Vaccination United Provinces of Agra and Oudh 1914-1922 - 1914-1922
Year: 1914
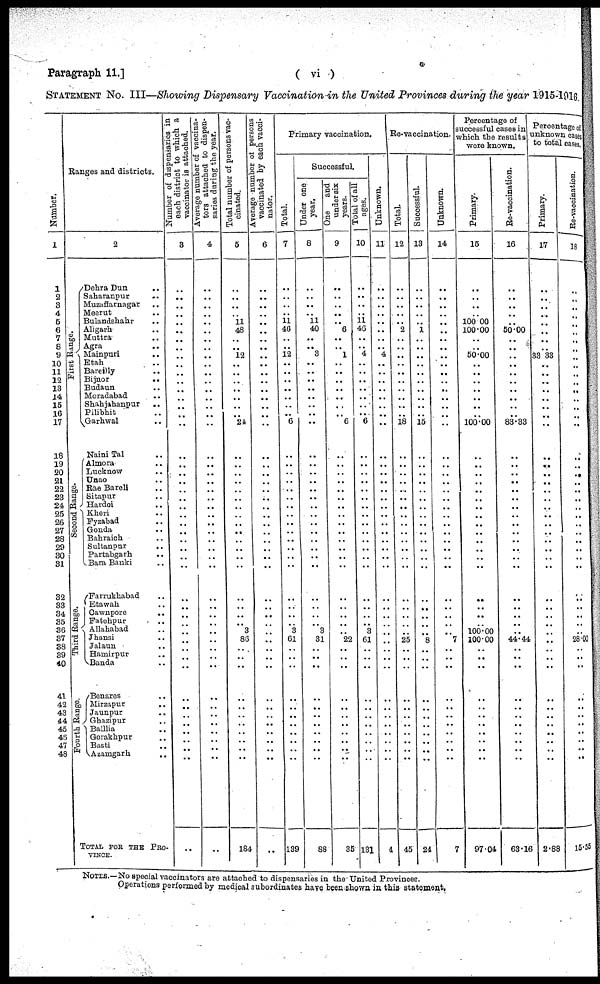
Paragraph 11.]
( vi )
STATEMENT No. III—Showing Dispensary Vaccination in the United Provinces during the year 1915-1916.
Number.
1
1
2
3
4
5
6
7
8
9
10
11
12
13
14
15
16
17
18
19
20
21
22
23
24
25
26
27
28
29
30
31
32
33
34
35
36
37
38
39
40
41
42
43
44
45
46
47
48
Ranges and districts.
First Range.
Second Range.
Third Range.
Fourth Range.
2
Dhera Dun ..
Saharanpur
..
Muzaffanagar ..
Meerut ..
Bulandshahr ..
Aligarh ..
Muttra ..
Agra ..
Mainpuri ..
Etah ..
Bareilly ..
Bijnor
..
Budaun ..
Moradabad ..
Shahjahanpur
..
Philibhit ..
Garhwal ..
Naini Tal ..
Almora ..
Lucknow ..
Unao ..
Rae Bareli ..
Sitapur ..
Hardoi ..
Kheri ..
Fyzabad ..
Gonda ..
Bahraich ..
Sultanpur ..
Partabgarh ..
Bara Banki ..
Farrukhabad ..
Etawah ..
Cawnpore ..
Fatehpur ..
Allahabad ..
Jhansi ..
Jalaun ..
Hamirpur ..
Banda ..
Benares ..
Mirzapur ..
Jaunpur ..
Ghazipur ..
Balllia ..
Gorakhpur ..
Basti ..
Azamgarh ..
TOTAL FOR THE PRO-
VINCE.
Number of dispensaries in
each district to which a
vaccinator
is
attached.
3
..
..
..
..
..
..
..
..
..
..
..
..
..
..
..
..
..
..
..
..
..
..
..
..
..
..
..
..
..
..
..
..
..
..
..
..
..
..
..
..
..
..
..
..
..
..
..
..
..
Average number of vaccin-
tors attached to dispen-
saries during the year.
4
..
..
..
..
..
..
..
..
..
..
..
..
..
..
..
..
..
..
..
..
..
..
..
..
..
..
..
..
..
..
..
..
..
..
..
..
..
..
..
..
..
..
..
..
..
..
..
..
..
Total number of persons vac-
cinated.
5
..
..
..
.. 11
48
..
..
12
..
..
..
..
..
..
..
24
..
..
..
..
..
..
..
..
..
..
..
..
..
..
..
..
..
..
3
86
..
..
..
..
..
..
..
..
..
..
..
184
Average number of persons
vaccinated by each vacci-
nator.
6
..
..
..
..
..
..
..
..
..
..
..
..
..
..
..
..
..
..
..
..
..
..
..
..
..
..
..
..
..
..
..
..
..
..
..
..
..
..
..
..
..
..
..
..
..
..
..
..
..
Primary vaccination.
Total.
7
..
..
..
..
11
46
..
..
12
..
..
..
..
..
..
.. 6
..
..
..
..
..
..
..
..
..
..
..
..
..
..
..
..
..
..
3
61
..
..
..
..
..
..
..
..
..
..
..
139
Successful.
U nder one
year.
8
..
..
..
..
11
40
..
..
3
..
..
..
..
..
..
..
..
..
..
..
..
..
..
..
..
..
..
..
..
..
..
..
..
..
..
3
31
..
..
..
..
..
..
..
..
..
..
..
88
One and
under six
years.
9
..
..
..
..
..
6
..
..
1
..
..
..
..
..
..
.. 6
..
..
..
..
..
..
..
..
..
..
..
..
..
..
..
..
..
..
..
22
..
..
..
..
..
..
..
..
..
..
..
35
Total of all
ages.
10
..
..
..
..
11
46
..
..
4
..
..
..
..
..
..
.. 6
..
..
..
..
..
..
..
..
..
..
..
..
..
..
..
..
..
..
3
61
..
..
..
..
..
..
..
..
..
..
..
131
Re-vaccination.
Unknown.
11
..
..
..
..
..
..
..
..
4
..
..
..
..
..
..
..
..
..
..
..
..
..
..
..
..
..
..
..
..
..
..
..
..
..
..
..
..
..
..
..
..
..
..
..
..
..
..
..
4
Total.
12
..
..
..
..
..
2
..
..
..
..
..
..
..
..
..
..
18
..
..
..
..
..
..
..
..
..
..
..
..
..
..
..
..
..
..
..
25
..
..
..
..
..
..
..
..
..
..
..
45
Successful.
13
..
..
..
..
..
1
..
..
..
..
..
..
..
..
..
..
15
..
..
..
..
..
..
..
..
..
..
..
..
..
..
..
..
..
..
..
8
..
..
..
..
..
..
..
..
..
..
..
24
Unknown.
14
..
..
..
..
..
..
..
..
..
..
..
..
..
..
..
..
..
..
..
..
..
..
..
..
..
..
..
..
..
..
..
..
..
..
..
..
7
..
..
..
..
..
..
..
..
..
..
..
7
Percentage of
successful cases in
which the results
were known.
Primary.
15
..
..
..
..
100.00
100.00
..
..
50.00
..
..
..
..
..
..
..
100.00
..
..
..
..
..
..
..
..
..
..
..
..
..
..
..
..
..
..
100..0
100.00
..
..
..
..
..
..
..
..
..
..
..
97.04
Re-vaccination.
16
..
..
..
..
..
50.00
..
..
..
..
..
..
..
..
..
..
83.33
..
..
..
..
..
..
..
..
..
..
..
..
..
..
..
..
..
..
..
44.44
..
..
..
..
..
..
..
..
..
..
..
63.16
Percentage of
unknown cases
to total cases.
Primary.
17
..
..
..
..
..
..
..
..
33.33
..
..
..
..
..
..
..
..
..
..
..
..
..
..
..
..
..
..
..
..
..
..
..
..
..
..
..
..
..
..
..
..
..
..
..
..
..
..
..
2.88
Re-vaccination.
18
..
..
..
..
..
..
..
..
..
..
..
..
..
..
..
..
..
..
..
..
..
..
..
..
..
..
..
..
..
..
..
..
..
..
..
..
28.00
..
..
..
..
..
..
..
..
..
..
..
15.55
NOTES.—No special vaccinators are attached to dispensaries in the United Provinces.
Operations performed by medical subordinates have been shown in this statement.